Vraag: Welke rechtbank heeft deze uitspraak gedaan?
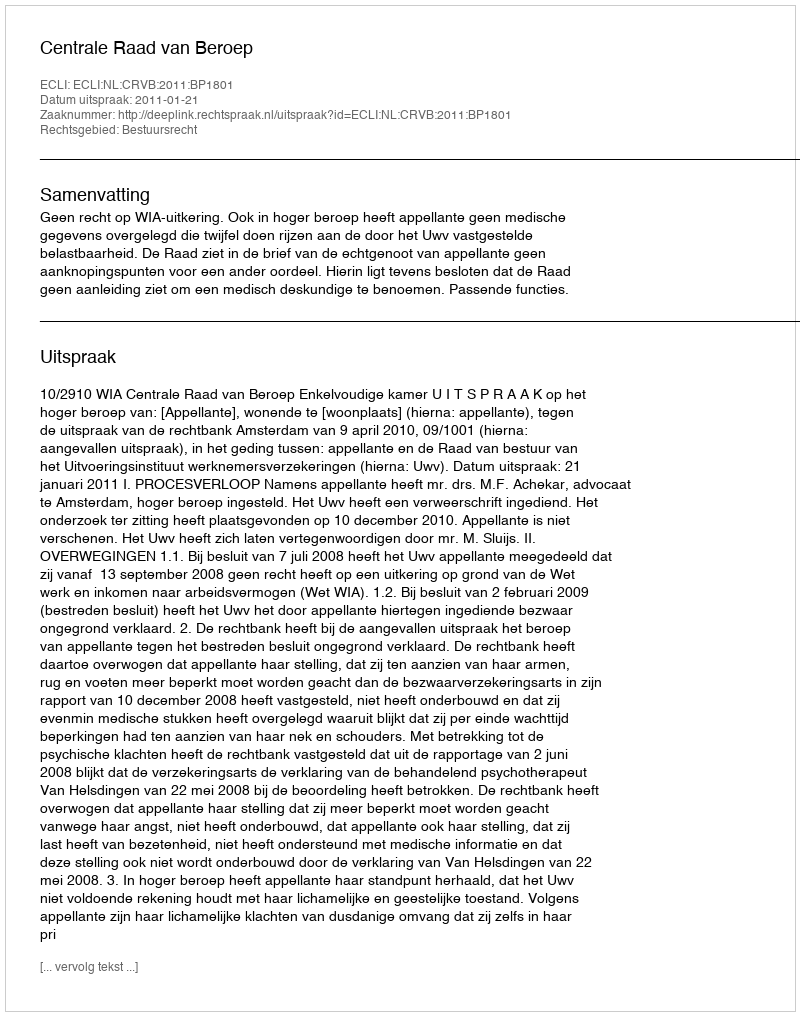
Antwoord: Centrale Raad van Beroep